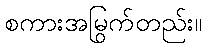
စကားအမြွက်တည်း။